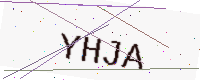
Text: YHJA